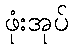
ဖုံးအုပ်